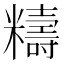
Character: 䊭